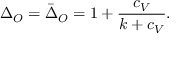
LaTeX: \Delta _ { O } = \bar { \Delta } _ { O } = 1 + { \frac { c _ { V } } { k + c _ { V } } } .